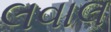
લવાલ